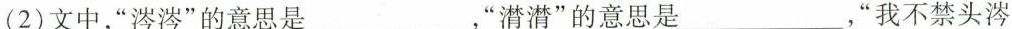
(2)文中，”涔涔”的意思是___，”潸潸”的意思是___，”我不禁头涔